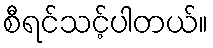
စီရင်သင့်ပါတယ်။